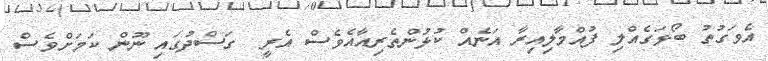
އެވަގުތު ބޯޅަގެއްލި ފުއްމާލިއިރާ އަނެއް ކުޅުންތެރިއާއެވެސް އެރީ  ގަސްދުގައި ނޫން ކަމަށްވެސް